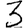
Digit: 3